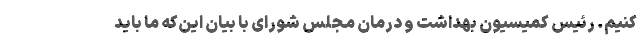
کنیم. رئیس کمیسیون بهداشت و درمان مجلس شورای با بیان این‌که ما باید